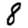
Digit: 8